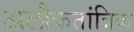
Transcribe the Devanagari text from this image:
अलौकतांत्रिक